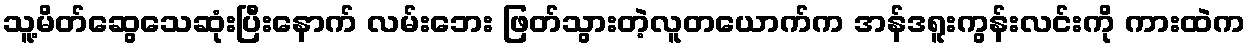
သူ့မိတ်ဆွေသေဆုံးပြီးနောက် လမ်းဘေး ဖြတ်သွားတဲ့လူတယောက်က အန်ဒရူးကွန်းလင်းကို ကားထဲက